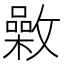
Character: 𣀉